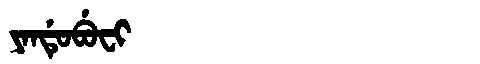
Manchu: ᠶᠠᠨᡩᡠᠪᡠᠸᡳ
Romanization: YANDUBUFI